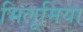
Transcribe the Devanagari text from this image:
भिलूमिया